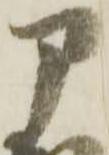
部